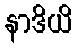
နာဒိယိ